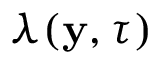
\lambda ( \mathbf y , \tau )